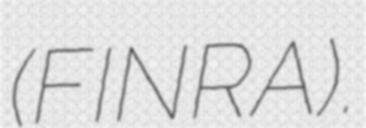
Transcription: (FINRA).